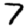
Digit: 7